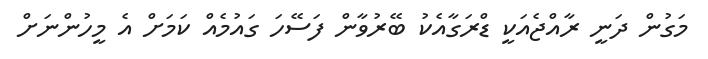
މަގުން ދަނީ ރާއްޖެއަކީ ޑްރަގާއެކު ބޭރުވާން ފަސޭހަ ގައުމެއް ކަމަށް އެ މީހުންނަށް